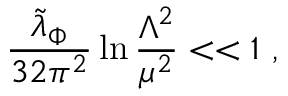
{ \frac { { \widetilde \lambda } _ { \Phi } } { 3 2 \pi ^ { 2 } } } \ln { \frac { \Lambda ^ { 2 } } { \mu ^ { 2 } } } < < 1 ~ ,